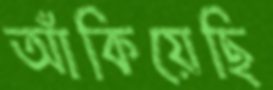
আঁকিয়েছি